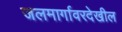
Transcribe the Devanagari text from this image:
जलमार्गावरदेखील